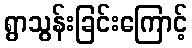
ရွာသွန်းခြင်းကြောင့်